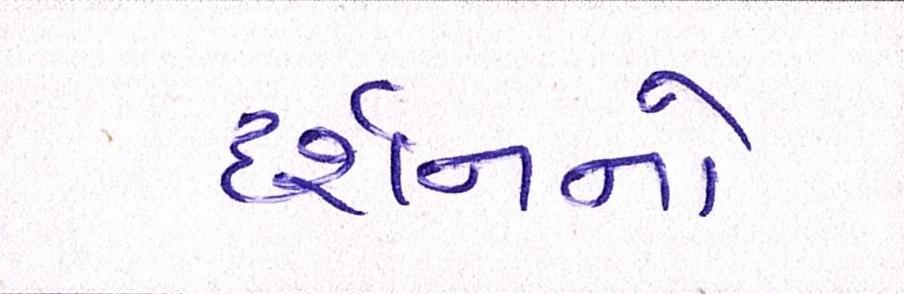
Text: દર્શનનો